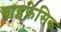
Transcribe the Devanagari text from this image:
बाइफ़ेसिक